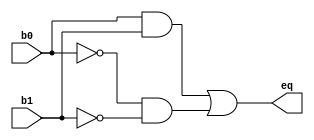
module bit_comparator (
  input b0,
  input b1,
  output eq
);

  assign eq = (b0 & b1) | (~b0 & ~b1);
  
endmodule